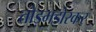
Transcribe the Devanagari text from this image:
तोड़मड़ोरकर